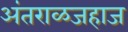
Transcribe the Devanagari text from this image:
अंतराळजहाज